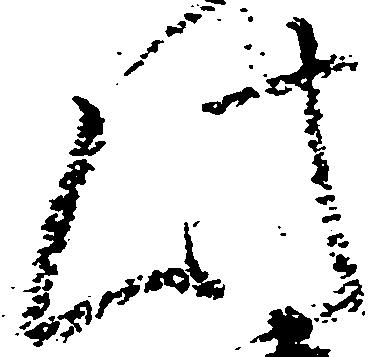
此